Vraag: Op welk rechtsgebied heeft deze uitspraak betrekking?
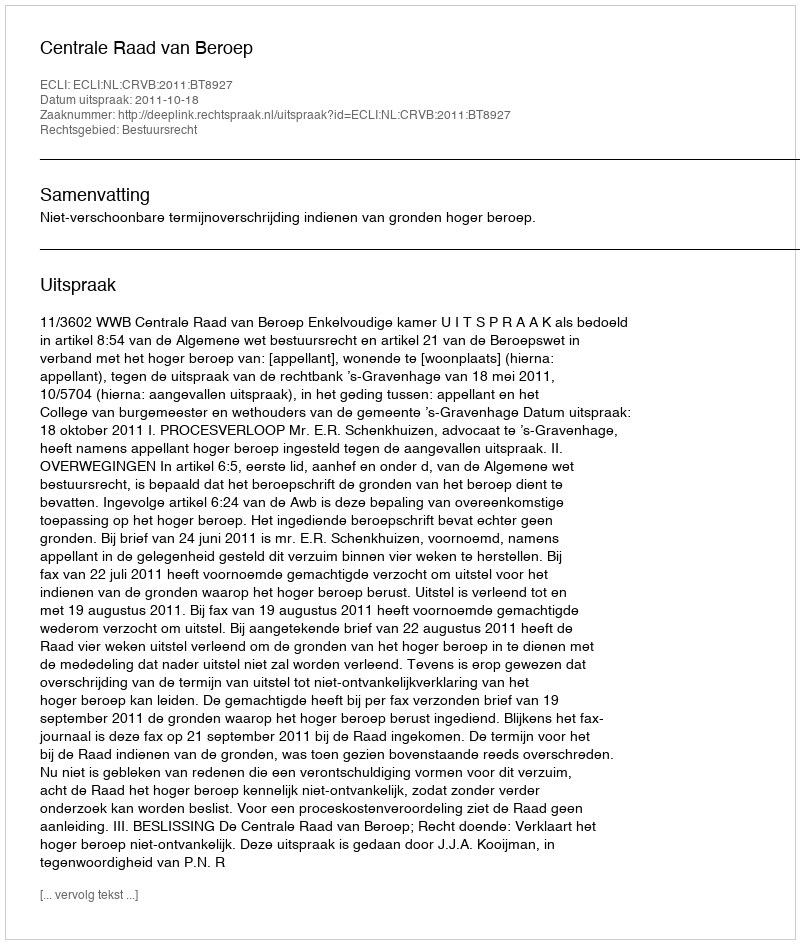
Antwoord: Bestuursrecht